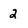
Character: 2